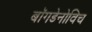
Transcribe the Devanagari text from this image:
बॉगडेनोविच